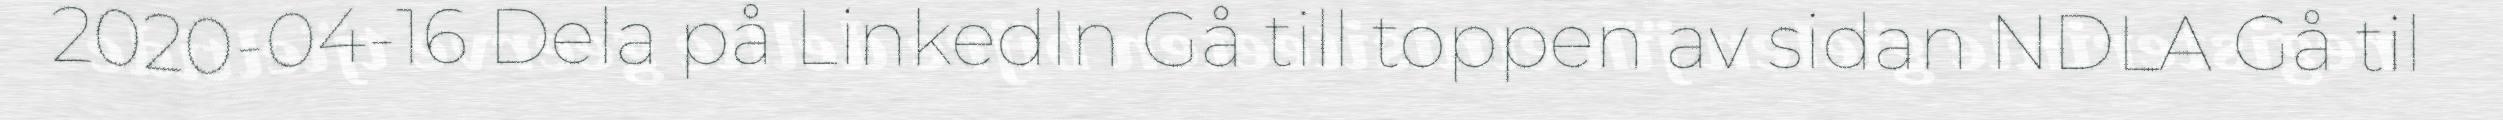
2020-04-16 Dela på LinkedIn Gå till toppen av sidan NDLA Gå til